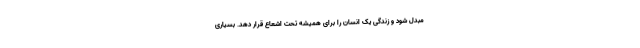
مبدل شود و زندگی یک انسان را برای همیشه تحت اشعاع قرار دهد. بسیاری